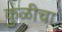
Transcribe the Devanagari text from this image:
कुळीचा